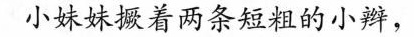
小妹妹撅着两条短粗的小辫，